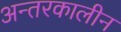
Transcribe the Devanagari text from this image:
अन्तरकालीन